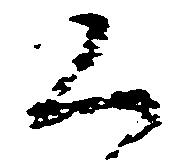
く